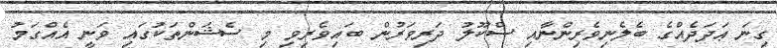
ގިނަ ޢަދަދެއްގެ ބެލެނިވެރިންނާއި ސްކޫލު ދަރިވަރުން ބައިވެރިވި މި ސެޝަންތަކުގައި ވަނީ އެއްގަމު